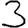
Digit: 3